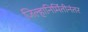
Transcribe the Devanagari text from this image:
जिल्हानिर्मितीनंतर